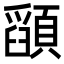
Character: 𮨚